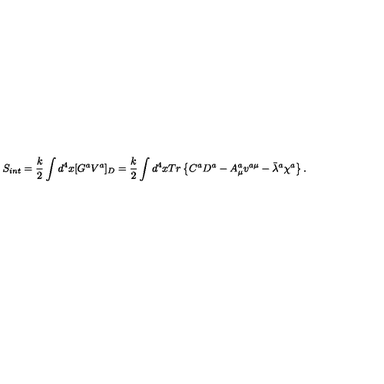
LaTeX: S _ { i n t } = \frac { k } { 2 } \int d ^ { 4 } x [ G ^ { a } V ^ { a } ] _ { D } = \frac { k } { 2 } \int d ^ { 4 } x T r \left\{ C ^ { a } D ^ { a } - A _ { \mu } ^ { a } v ^ { a \mu } - \bar { \lambda } { } ^ { a } \chi ^ { a } \right\} .